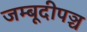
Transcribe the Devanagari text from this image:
जम्बूदीपञ्च